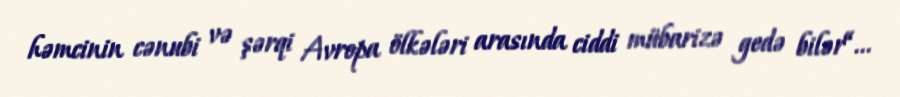
həmcinin cənubi və şərqi Avropa ölkələri arasında ciddi mübarizə gedə bilər“...